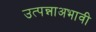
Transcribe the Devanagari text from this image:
उत्पन्नाअभावी